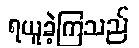
ရယူခဲ့ကြသည်